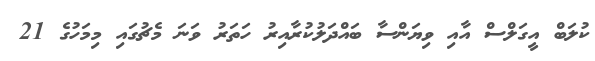
ކުލަބް އީގަލްސް އާއި ވިޔަންސާ ބައްދަލުކުރާއިރު ހަތަރު ވަނަ މެޗުގައި މިމަހުގެ 21